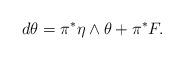
LaTeX: \begin{align*} d\theta = \pi^*\eta \wedge \theta + \pi^*F.\end{align*}